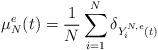
LaTeX: \begin{align*}\mu_N^e(t)=\frac{1}{N}\sum\limits_{i=1}^N \delta_{Y_i^{N,e}(t)}\end{align*}